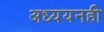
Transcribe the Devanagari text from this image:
अध्ययनही